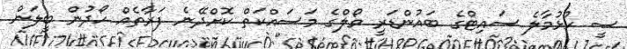
ސީ ހުޅުމާލެ ސައިޓްގެ ބައުންޑަރީ ވޯލްގެ މަސައްކަތް ކޮށްދޭނެ ފަރާތެއް ހޯދުން ބީލަން